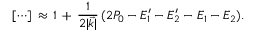
[ \cdots ] \, \approx \, 1 \, + \, { \frac { 1 } { 2 \vert \vec { k } \vert } } \, ( 2 P _ { 0 } - E _ { 1 } ^ { \prime } - E _ { 2 } ^ { \prime } - E _ { 1 } - E _ { 2 } ) .